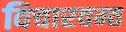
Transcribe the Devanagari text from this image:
विचारवम्त